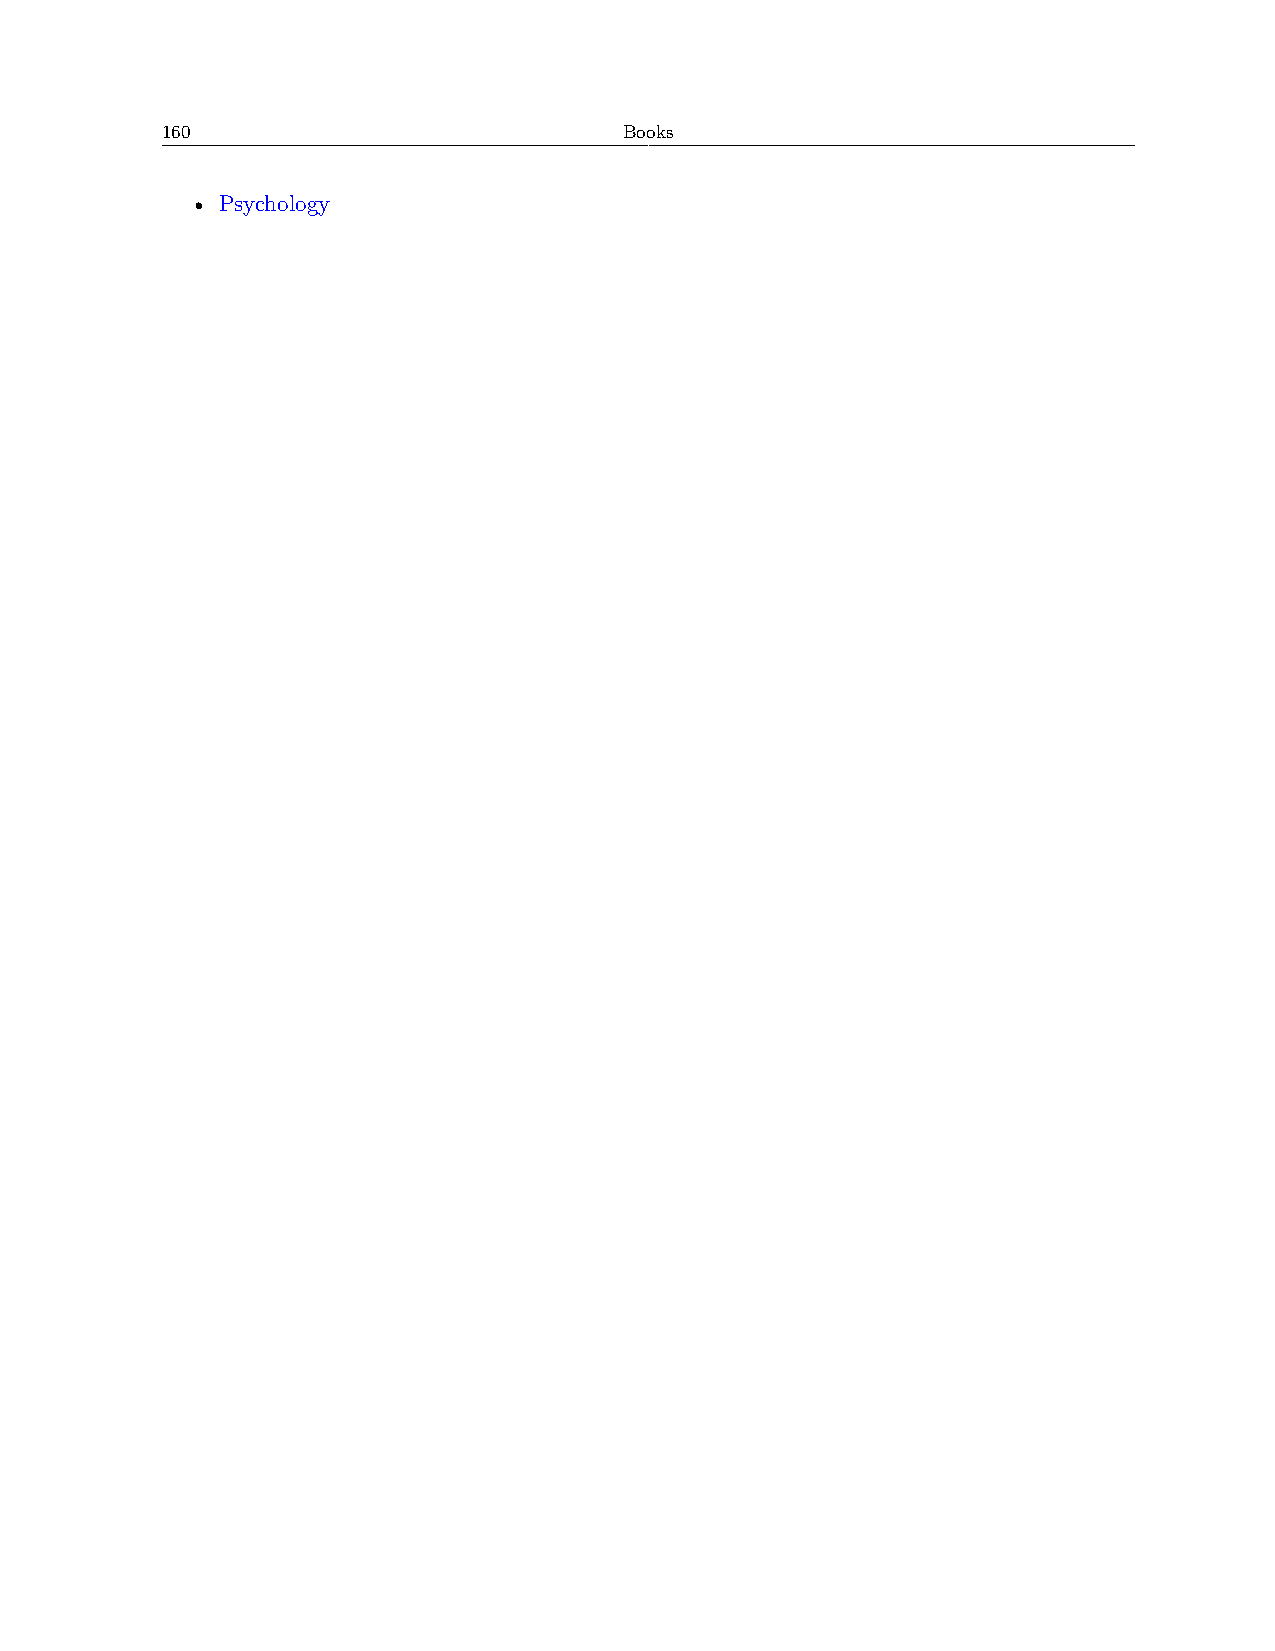
160                           Books
 • Psychology